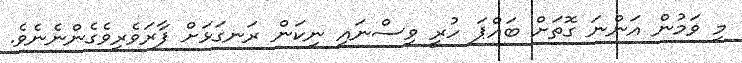
މި ވަމުން އަންނަ ގޮތަށް ބައްޕަ ހުރީ ވިސްނައި ނިކަން ރަނގަޅަށް ފާރަވެރިވެގެންނެނެވެ.